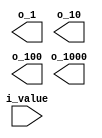
module digit_divider_fnd(
    input [13:0] i_value,
   
    
    output [3:0] o_1,o_10,o_100,o_1000

    );

    assign o_msec_1 = i_select % 10;
    assign o_msec_10 = i_select / 10 % 10;

    assign o_sec_1 = i_sec % 10;
    assign o_sec_10 = i_sec /10 % 10; 
    
    
    
    
endmodule